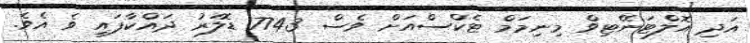
އަދި އޮލްޓަނޭޓިވް މިނިމަމް ޓެކްސްއަށް ވެސް 7743 ޑޮލަރު ދައްކާފައި ވެ އެވެ.